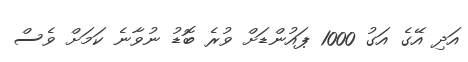
އަދި އޭގެ އަގު 1000 ޕައުންޑަށް ވުރެ ބޮޑު ނުވާނެ ކަމަށް ވެސް